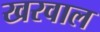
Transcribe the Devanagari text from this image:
खरवाल